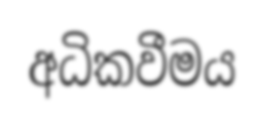
අධිකවීමය